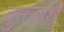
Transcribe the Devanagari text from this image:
दुसऱ्यांशी